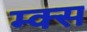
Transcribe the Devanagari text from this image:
म्क्स